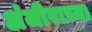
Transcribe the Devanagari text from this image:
अंजीराच्या